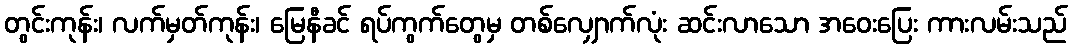
တွင်းကုန်း၊ လက်မှတ်ကုန်း၊ မြေနီခင် ရပ်ကွက်တွေမှ တစ်လျှောက်လုံး ဆင်းလာသော အဝေးပြေး ကားလမ်းသည်